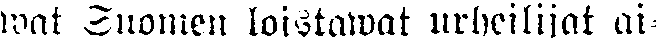
wat Suomen loistawat urheilijat ai-